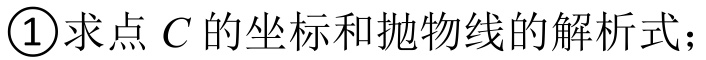
\textcircled{1}求点\(C\)的坐标和抛物线的解析式；